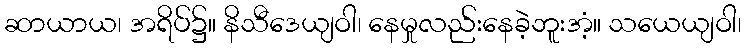
ဆာယာယ၊ အရိပ်၌။ နိသီဒေယျဝါ၊ နေမှုလည်းနေခဲ့ဘူးအံ့။ သယေယျဝါ၊